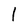
Character: 1